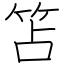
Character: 笘